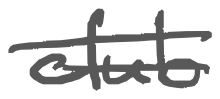
Text: club
Cross-out: double-line
Writing tool: digital_gray